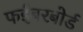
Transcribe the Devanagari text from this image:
फईबरबोर्ड